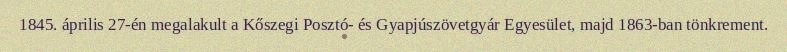
1845. április 27-én megalakult a Kőszegi Posztó- és Gyapjúszövetgyár Egyesület, majd 1863-ban tönkrement.